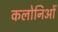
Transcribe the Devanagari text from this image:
कलोनिओं